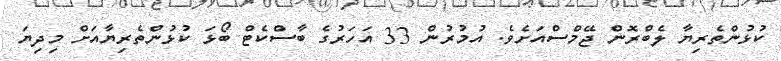
ކުޅުންތެރިޔާ ލެބްރޮން ޖޭމްސްއަށެވެ. އުމުރުން 33 އަހަރުގެ ބާސްކެޓް ބޯޅަ ކުޅުންތެރިޔާއަށް މިދިޔަ